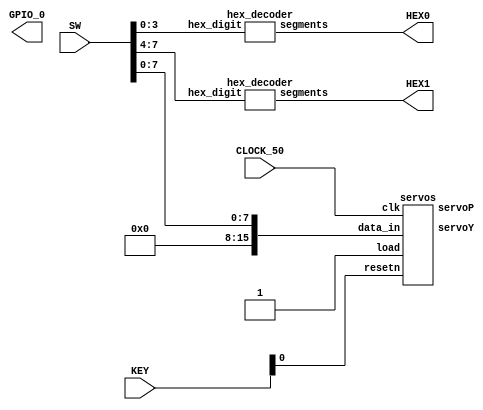
`timescale 1ns / 1ns 

module servoOut(
	input CLOCK_50,
	input [9:0] SW,
	input [3:0] KEY,
	output [35:0] GPIO_0,
	output [6:0] HEX0,
	output [6:0] HEX1
	);
	servos sev(
			.clk(CLOCK_50),
			.data_in({8'd0, SW[7:0]}),
			.resetn(KEY[0]),
			.load(1'b1),
			.servoP(GPIO_0[35]),
			.servoY(GPIO_0[34]));
			
	hex_decoder hex0(SW[3:0], HEX0);
	hex_decoder hex1(SW[7:4], HEX1);
	
endmodule

	
	
module servos(
	input clk,
	input [15:0] data_in,
	input resetn,
	input load,
	output servoP,
	output servoY);
	
	wire [7:0] dinP;
	wire [7:0] dinY;
	
	assign dinP = 16 * data_in[3:0];
	assign dinY = 16 * data_in[7:4];
	
	servoControl sevP(
					.clk(clk),
					.resetn(resetn),
					.loadP(load),
					.posi(dinP),
					.sig(servoP));
					
	servoControl sevY(
					.clk(clk),
					.resetn(resetn),
					.loadP(load),
					.posi(dinY),
					.sig(servoY));
	
endmodule
	



module servoControl(
	input clk,
	input resetn,
	input loadP,
	input [7:0] posi,
	output reg sig);
	
	reg [2:0] current;
	reg [2:0] next;
	reg clear;
	reg [20:0] count; //21 bit counter for pulse control
	reg loadPos;
	
	reg [20:0] pulseWidth;
	wire [20:0] GNDWidth;
	
	assign GNDWidth = 21'd1000000 - pulseWidth;
	
	localparam reset = 3'd0,
			   load  = 3'd1,
			   lwait = 3'd2,
			   GND   = 3'd3,
			   pulse = 3'd4;
			   
	always@(posedge clk)
	begin
			if (resetn == 1'b0)
				current <= reset;
			else 
				current <= next;
	end
	
	
	//counter
	always@(posedge clk)
	begin
			if(resetn == 1'b0 | clear == 1'b1)
				count <= 21'd0;
			else
				count <= count + 1'b1;
	end
	
	
	//state table
	always@(*)
	begin
			clear = 1'b0;
			case(current)
				reset: begin 
						next = (resetn) ? load : resetn;
						clear = 1'b1;
					   end
					   
				load: begin
						if(resetn == 0) next = reset;
						else if(loadP == 0) next = load;
						else next = GND;
					  end
						
//				lwait: begin
//						if(resetn == 0) next = reset;
//						else if (loadP == 1'b1) next = lwait;
//						else begin 
//								next = GND;
//								clear = 1'b1;
//							 end
//					   end
				
				GND: begin
						if(resetn == 0) next = reset;
						else if(count != GNDWidth) next = GND;
						else begin
								next = pulse;
								clear = 1'b1;
							 end
					 end
				
				pulse: begin
						if(resetn == 0) next = reset;
						else if (count != pulseWidth) next = pulse; //this number decide the signal
						else begin                                 //75000 x 20ns = 1.5ms -> 50% position
								next = load;
								clear = 1'b1;
							 end
					   end
				default: next = reset;
			endcase
	end
	
	
	always@(*)
	begin 
			loadPos = 1'b0;
			case(current)
				reset: sig = 1'b0;
				load: loadPos = 1'b1;
				GND: sig = 1'b0;
				pulse: sig = 1'b1;
				default: sig = 1'b0;
			endcase
	end
	
	always@(*)                                                //servo EMAX ES08MAII
	begin                                                     //travel 1.5ms - 1.9ms
			if(loadPos == 1'b1)
				pulseWidth <= 21'd29200 + posi * 21'd355;
	end                   //lowest point 
	
	
endmodule



module hex_decoder(hex_digit, segments);
    input [3:0] hex_digit;
    output reg [6:0] segments;
   
    always @(*)
        case (hex_digit)
            4'h0: segments = 7'b100_0000;
            4'h1: segments = 7'b111_1001;
            4'h2: segments = 7'b010_0100;
            4'h3: segments = 7'b011_0000;
            4'h4: segments = 7'b001_1001;
            4'h5: segments = 7'b001_0010;
            4'h6: segments = 7'b000_0010;
            4'h7: segments = 7'b111_1000;
            4'h8: segments = 7'b000_0000;
            4'h9: segments = 7'b001_1000;
            4'hA: segments = 7'b000_1000;
            4'hB: segments = 7'b000_0011;
            4'hC: segments = 7'b100_0110;
            4'hD: segments = 7'b010_0001;
            4'hE: segments = 7'b000_0110;
            4'hF: segments = 7'b000_1110;   
            default: segments = 7'h7f;
        endcase
endmodule